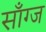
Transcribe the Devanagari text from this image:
साँग्ज